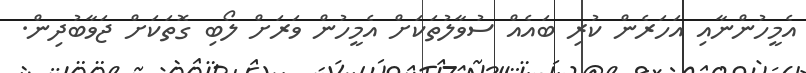
އެމީހުންނާއި އަހަރެން ކުރި ބައެއް ސުވާލުތަކަށް އެމީހުން ވަރަށް ލޯބި ގޮތަކަށް ޖަވާބުދިން.